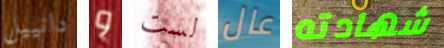
دانييل و لست عال شهادته